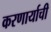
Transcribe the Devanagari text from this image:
करणार्याची